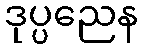
ဒုပ္ပညေန